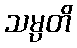
သမ္ပတိ